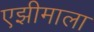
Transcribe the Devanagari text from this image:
एझीमाला